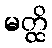
မတ္ထိ